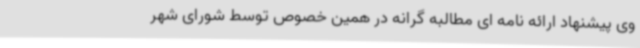
وی پیشنهاد ارائه نامه ای مطالبه گرانه در همین خصوص توسط شورای شهر